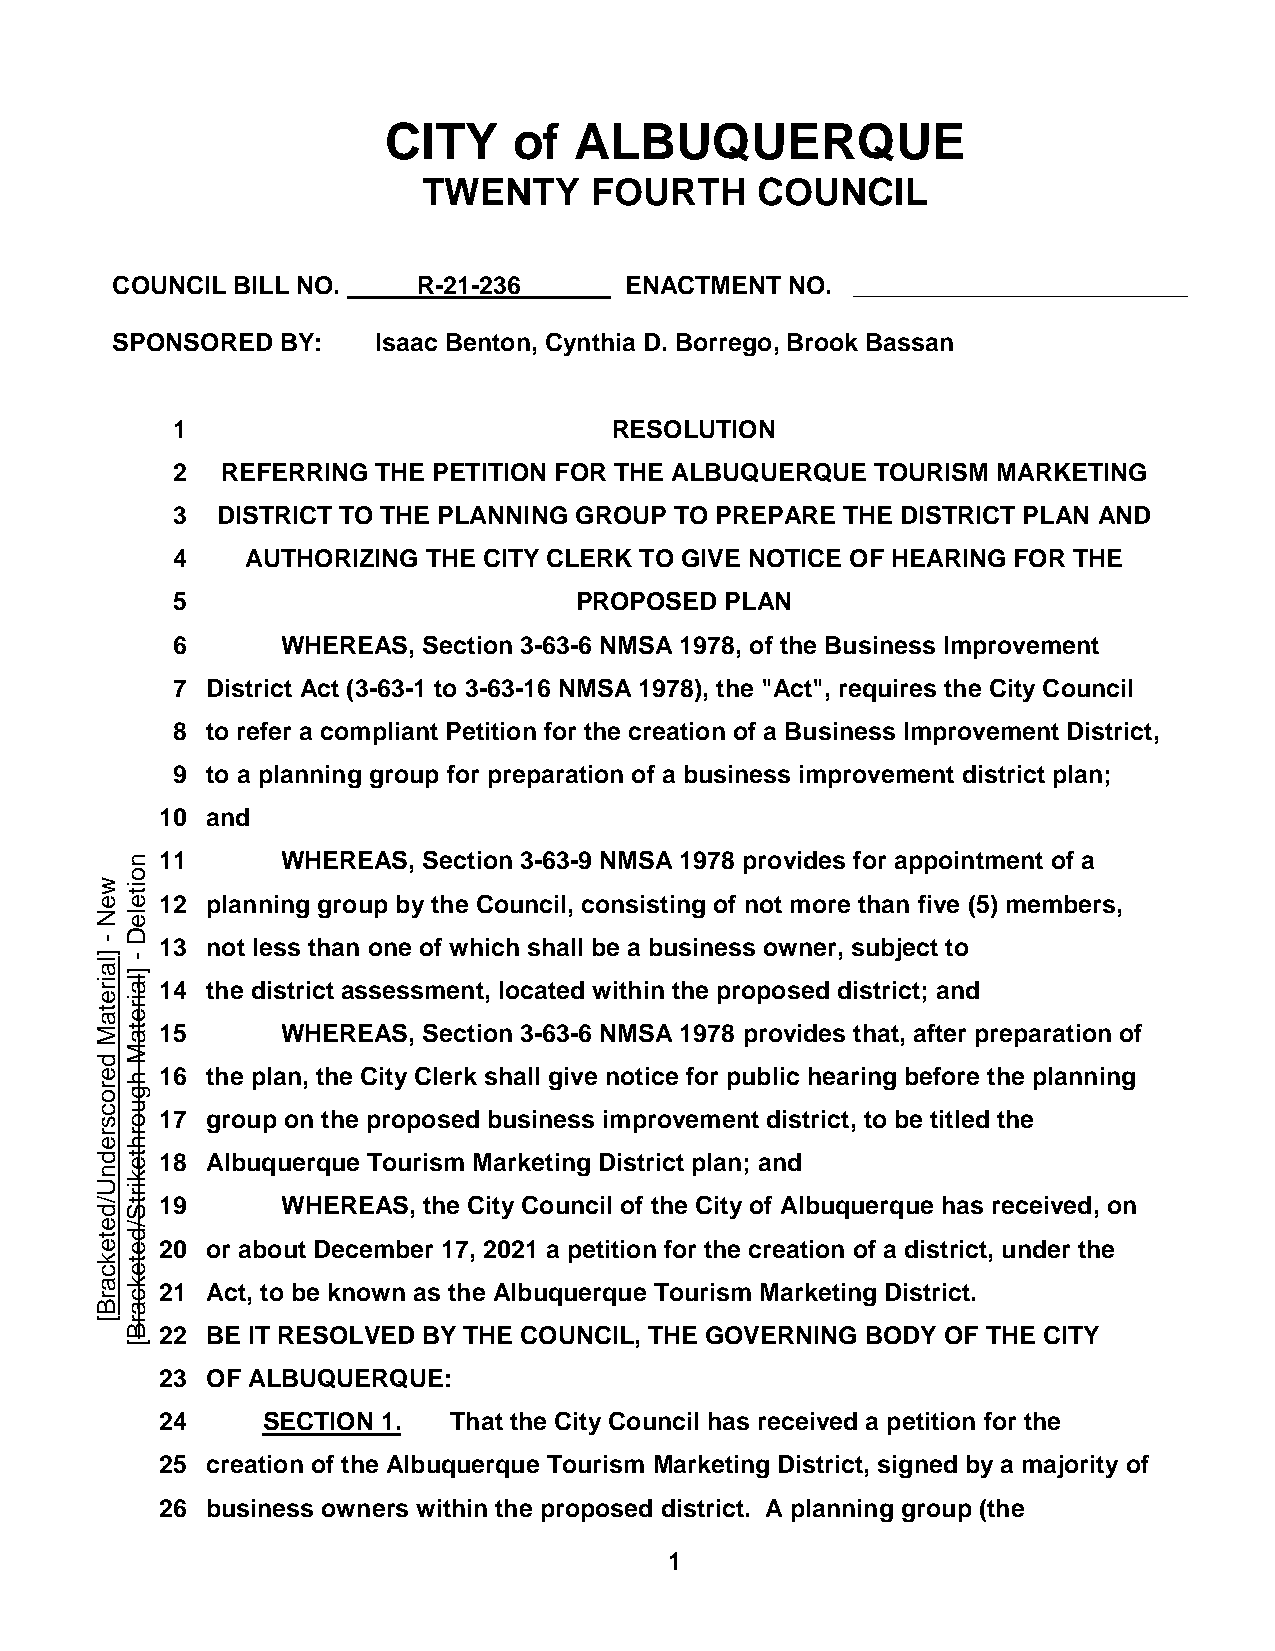
CITY     of  ALBUQUERQUE
 TWENTY     FOURTH     COUNCIL
 COUNCIL BILL NO.     R-21-236     ENACTMENT  NO.  ________________________
 SPONSORED   BY:   Isaac Benton, Cynthia D. Borrego, Brook Bassan
 1                             RESOLUTION
 2   REFERRING THE PETITION FOR THE ALBUQUERQUE TOURISM MARKETING
 3  DISTRICT TO THE PLANNING GROUP TO PREPARE THE DISTRICT PLAN AND
 4    AUTHORIZING THE CITY CLERK TO GIVE NOTICE OF HEARING FOR THE
 5                          PROPOSED  PLAN
 6       WHEREAS, Section 3-63-6 NMSA 1978, of the Business Improvement
 7  District Act (3-63-1 to 3-63-16 NMSA 1978), the "Act", requires the City Council
 8  to refer a compliant Petition for the creation of a Business Improvement District,
 9  to a planning group for preparation of a business improvement district plan;
 10 and
 11      WHEREAS, Section 3-63-9 NMSA 1978 provides for appointment of a
 12 planning group by the Council, consisting of not more than five (5) members,
 13 not less than one of which shall be a business owner, subject to
 14 the district assessment, located within the proposed district; and
 15      WHEREAS, Section 3-63-6 NMSA 1978 provides that, after preparation of
 16 the plan, the City Clerk shall give notice for public hearing before the planning
 17 group on the proposed business improvement district, to be titled the
 18 Albuquerque Tourism Marketing District plan; and
 19      WHEREAS, the City Council of the City of Albuquerque has received, on
 20 or about December 17, 2021 a petition for the creation of a district, under the
 21 Act, to be known as the Albuquerque Tourism Marketing District.
 22 BE IT RESOLVED BY THE COUNCIL, THE GOVERNING BODY OF THE CITY
 23 OF ALBUQUERQUE:
 24    SECTION 1.   That the City Council has received a petition for the
 25 creation of the Albuquerque Tourism Marketing District, signed by a majority of
 26 business owners within the proposed district. A planning group (the
 1
 weN
 -
 ]lairetaM
 derocsrednU/detekcarB[
 noiteleD
 -
 ]lairetaM
 hguorhtekirtS/detekcarB[